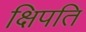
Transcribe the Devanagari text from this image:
क्षिपति